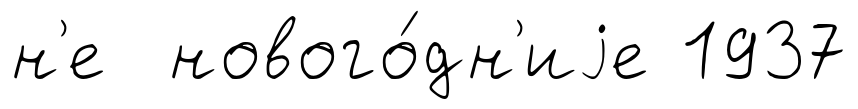
н'е нового́дн'иjе 1937